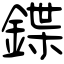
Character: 鍱